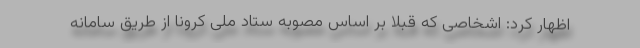
اظهار کرد: اشخاصی که قبلاً بر اساس مصوبه ستاد ملی کرونا از طریق سامانه